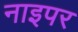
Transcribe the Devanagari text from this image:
नाइपर